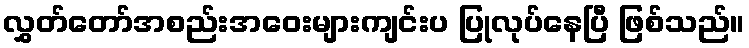
လွှတ်တော်အစည်းအဝေးများကျင်းပ ပြုလုပ်နေပြီ ဖြစ်သည်။